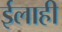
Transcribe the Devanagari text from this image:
ईलाही